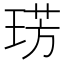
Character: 𭹛